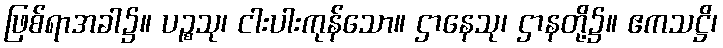
ဖြစ်ရာအခါ၌။ ပဉ္စသု၊ ငါးပါးကုန်သော။ ဌာနေသု၊ ဌာနတို့၌။ ဧကသဋ္ဌိ၊